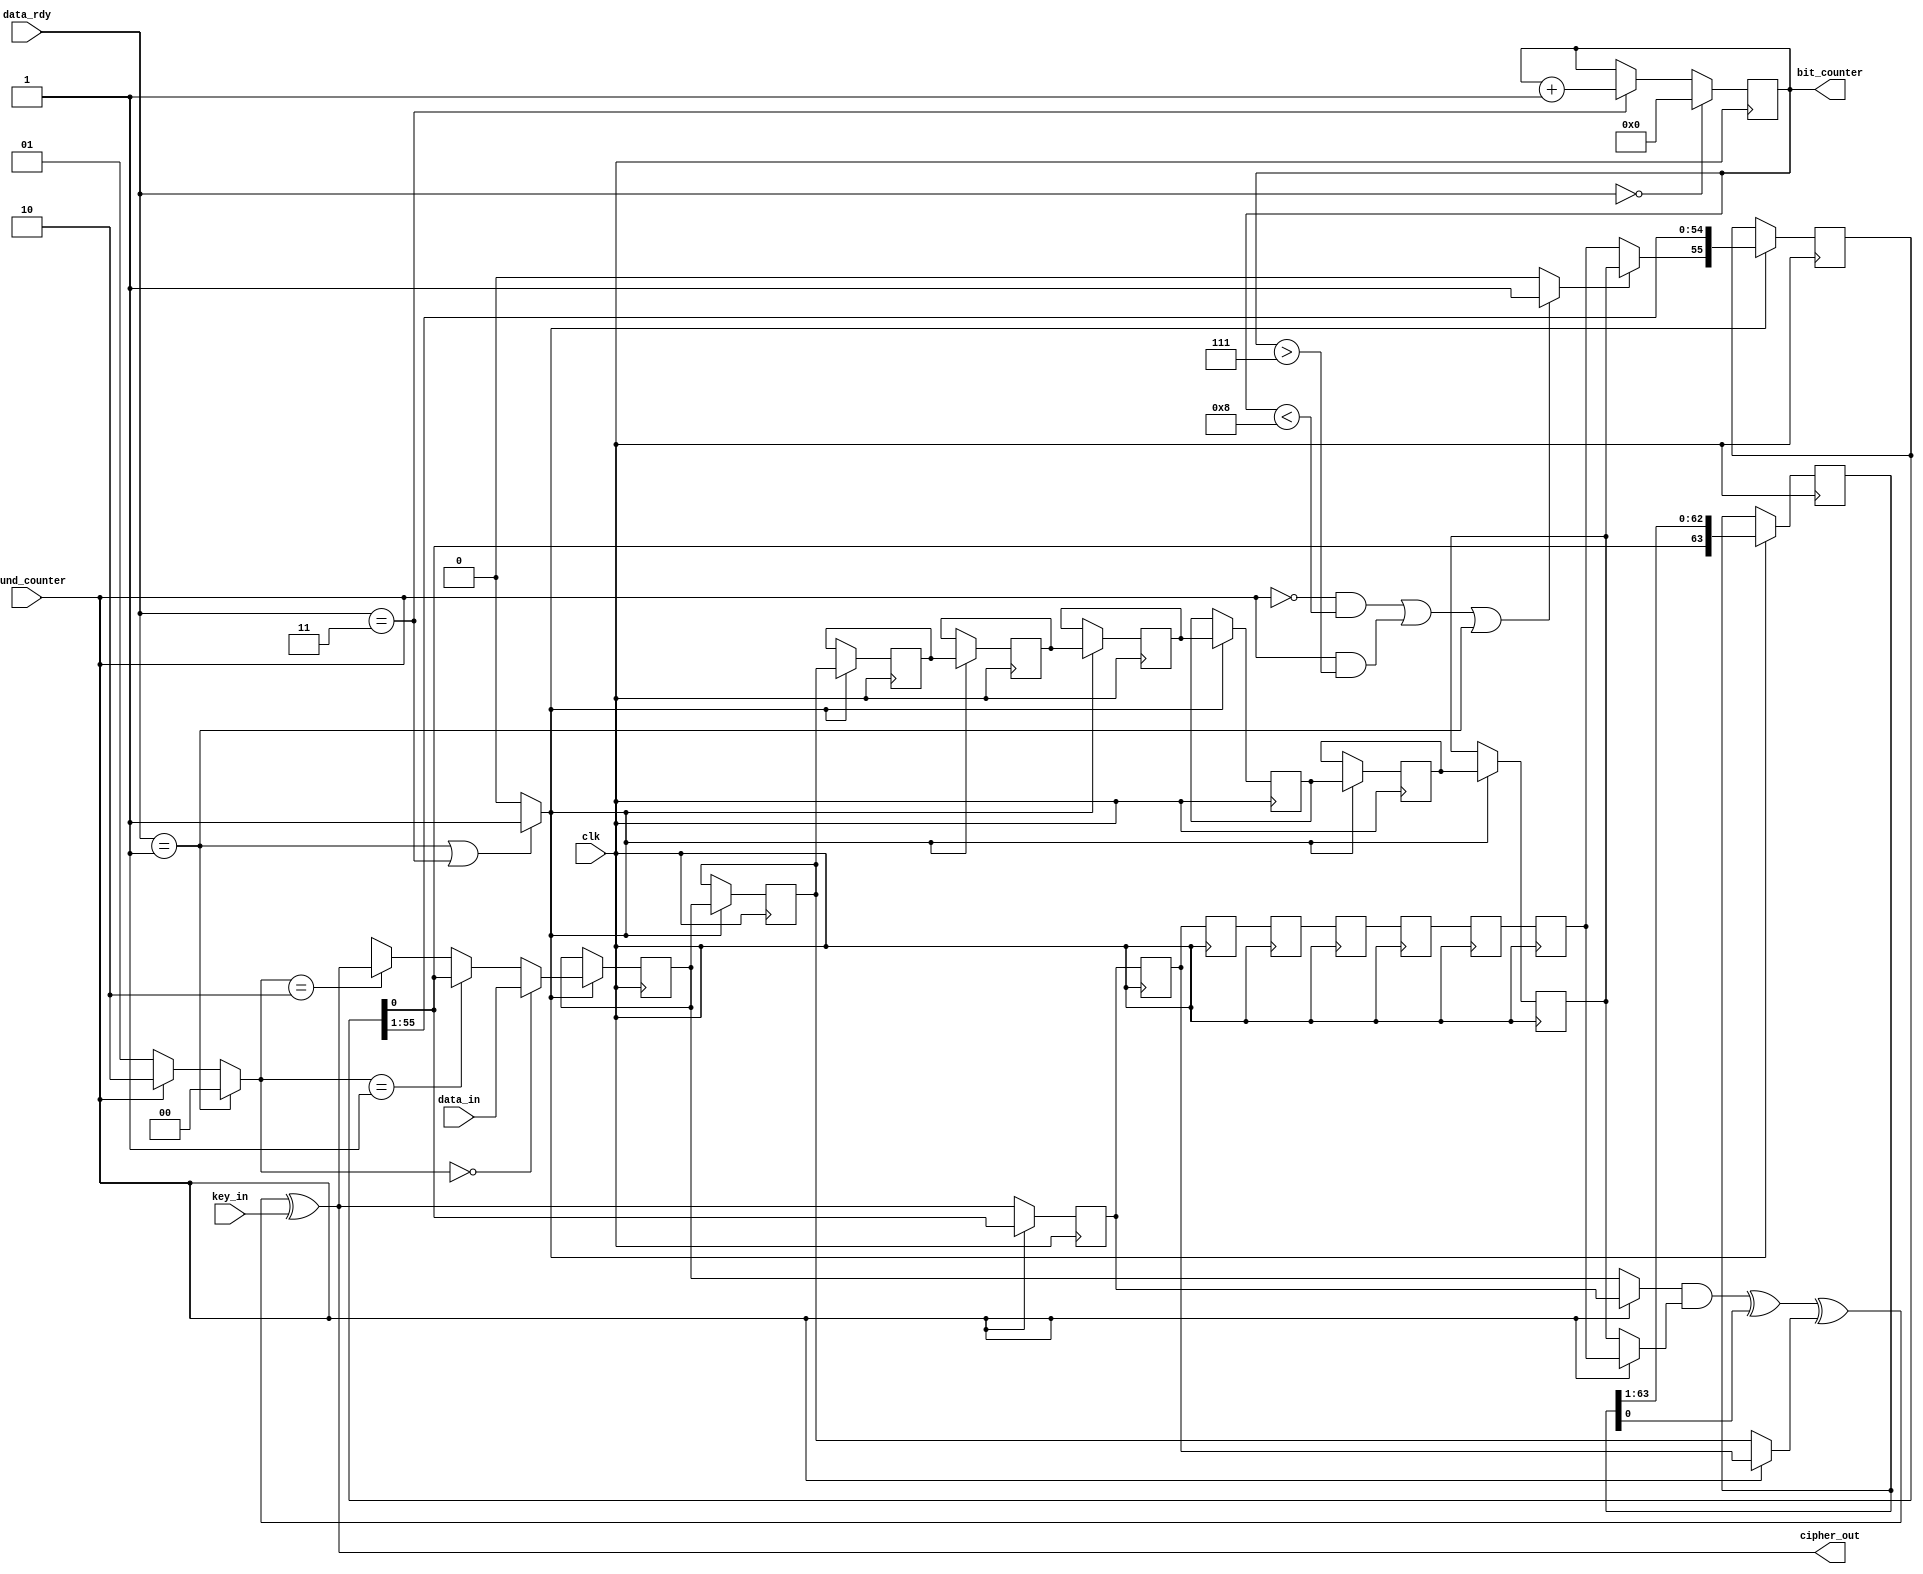
// This program was cloned from: https://github.com/lnis-uofu/SOFA
// License: MIT License

`timescale 1ns / 1ps
//////////////////////////////////////////////////////////////////////////////////
// Team: Virginia Tech Secure Embedded Systems (SES) Lab 
// Implementer: Ege Gulcan 
// 
// Design Name: 
// Module Name:    simon_datapath_shiftreg 
// Project Name: 
// Target Devices: 
// Tool versions: 
// Description: 
//
// Dependencies: 
//
// Revision: 
// Revision 0.01 - File Created
// Additional Comments: 
//
//////////////////////////////////////////////////////////////////////////////////
module simon_datapath_shiftreg(clk,data_in,data_rdy,key_in,cipher_out,round_counter,bit_counter);

input clk,data_in,key_in;
input [1:0] data_rdy;
input round_counter;
output cipher_out;
output [5:0] bit_counter;

reg [55:0] shifter1;
reg [63:0] shifter2;
reg shift_in1,shift_in2;
wire shift_out1,shift_out2;
reg shifter_enable1,shifter_enable2;

reg fifo_ff63,fifo_ff62,fifo_ff61,fifo_ff60,fifo_ff59,fifo_ff58,fifo_ff57,fifo_ff56;
reg lut_ff63,lut_ff62,lut_ff61,lut_ff60,lut_ff59,lut_ff58,lut_ff57,lut_ff56;

reg lut_ff_input,fifo_ff_input;
reg lut_rol1,lut_rol2,lut_rol8;
reg s1,s4,s5,s6,s7;
reg [1:0] s3;
reg [5:0] bit_counter;
wire lut_out;



// Shift Register1 FIFO 56x1 Begin
// 56x1 Shift register to store the upper word
always @(posedge clk)
begin
	if(shifter_enable1)
	begin
		shifter1 <= {shift_in1, shifter1[55:1]};
	end
end

assign shift_out1 = shifter1[0];
// Shift Register1 End

// Shift Register2 FIFO 64x1 Begin
// 64x1 Shift register to store the lower word
always @(posedge clk)
begin
	if(shifter_enable2)
	begin
		shifter2 <= {shift_in2, shifter2[63:1]};
	end
end

assign shift_out2 = shifter2[0];
// Shift Register2 End


// 8 Flip-Flops to store the most significant 8 bits of the upper word at even rounds
// Denoted as Shift Register Up (SRU) in Figure 5
always@(posedge clk)
begin
	if(shifter_enable1)
	begin
		fifo_ff63 <= fifo_ff_input;
		fifo_ff62 <= fifo_ff63;
		fifo_ff61 <= fifo_ff62;
		fifo_ff60 <= fifo_ff61;
		fifo_ff59 <= fifo_ff60;
		fifo_ff58 <= fifo_ff59;
		fifo_ff57 <= fifo_ff58;
		fifo_ff56 <= fifo_ff57;
	end
end

// 8 Flip-Flops to store the most significant 8 bits of the upper word at odd rounds
// Denoted as Shift Register Down (SRD) in Figure 5
always@(posedge clk)
begin
	lut_ff63 <= lut_ff_input;
	lut_ff62 <= lut_ff63;
	lut_ff61 <= lut_ff62;
	lut_ff60 <= lut_ff61;
	lut_ff59 <= lut_ff60;
	lut_ff58 <= lut_ff59;
	lut_ff57 <= lut_ff58;
	lut_ff56 <= lut_ff57;
end

// FIFO 64x1 Input MUX
// Input of the lower FIFO is always the output of the upper FIFO
always@(*)
begin
		shift_in2 = shift_out1;
end

// FIFO 56x1 Input MUX
// Input of the upper FIFO depends on the select line S1
always@(*)
begin
	if(s1==0)
		shift_in1 = lut_ff56;
	else
		shift_in1 = fifo_ff56;
end

// FIFO FF Input MUX
// The input of FIFO_FF can be the input plaintext, output of 56x1 FIFO or the output of LUT
always@(*)
begin
	if(s3==0)
		fifo_ff_input = data_in;
	else if(s3==1)
		fifo_ff_input = shift_out1;
	else if(s3==2)
		fifo_ff_input = lut_out;
	else
		fifo_ff_input = 1'bx; // Debugging
end

// LUT FF Input MUX
// The input of the LUT_FF is either the output of 56x1 FIFO or the output of LUT
always@(*)
begin
	if(s5==0)
		lut_ff_input = shift_out1;
	else
		lut_ff_input = lut_out;
end

// LUT Input MUX
always@(*)
begin
	if(s7==0)
		lut_rol1 = fifo_ff63;
	else
		lut_rol1 = lut_ff63;
		
	if(s4==0)
		lut_rol2 = fifo_ff62;
	else
		lut_rol2 = lut_ff62;
		
	if(s6==0)
		lut_rol8 = fifo_ff56;
	else
		lut_rol8 = lut_ff56;
end

//Selection MUX
always@(*)
begin
	// For the first 8 bits of each even round OR for all the bits after the first 8 bits in odd rounds OR loading the plaintext  
	if((round_counter==0 && bit_counter<8)||(round_counter==1 && bit_counter>7)||(data_rdy==1))
		s1 = 1;
	else 
		s1 = 0;
		
	if(data_rdy==1) // Loading plaintext
		s3 = 0;
	else if(round_counter==0) // Even rounds
		s3 = 1;
	else if(round_counter==1) // Odd rounds
		s3 = 2;
	else 
		s3 = 1'bx; // For debugging
		
	if(round_counter==0) // Even rounds
		s6 = 0;
	else
		s6 = 1;
	
	s4 = s6;
	s7 = s6;
	s5 = ~s6;
end

// SHIFTER ENABLES
// Two shift registers are enabled when the plaintext is being loaded (1) or when the block cipher is running (3)
always@(*)
begin
	if(data_rdy==1 || data_rdy==3)
	begin
		shifter_enable1 = 1;
		shifter_enable2 = 1;
	end
	else
	begin
		shifter_enable1 = 0;
		shifter_enable2 = 0;
	end
end

// The bit_counter value is incremented in each clock cycle when the block cipher is running
always@(posedge clk)
begin
	if(data_rdy==0)
		bit_counter <= 0;
	else if(data_rdy==3)
		bit_counter <= bit_counter + 1;
	else 
		bit_counter <= bit_counter;
end

// The new computed value
assign lut_out = (lut_rol1 & lut_rol8) ^ shift_out2 ^ lut_rol2 ^ key_in;

// The global output that gives the ciphertext value
assign cipher_out = lut_out;
endmodule